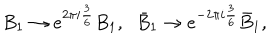
LaTeX: B _ { 1 } \to e ^ { 2 \pi i \frac { 3 } { 6 } } B _ { 1 } , \; \; \bar { B } _ { 1 } \to e ^ { - 2 \pi i \frac { 3 } { 6 } } \bar { B } _ { 1 } ,